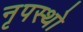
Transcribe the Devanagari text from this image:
नृपस्थो